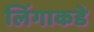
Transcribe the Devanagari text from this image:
लिंगाकडे